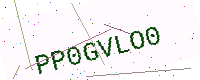
Text: PP0GVLO0